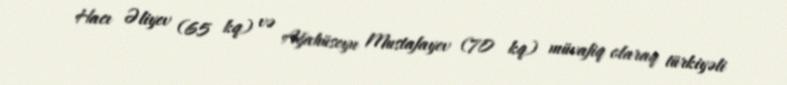
Hacı Əliyev (65 kq) və Ağahüseyn Mustafayev (70 kq) müvafiq olaraq türkiyəli